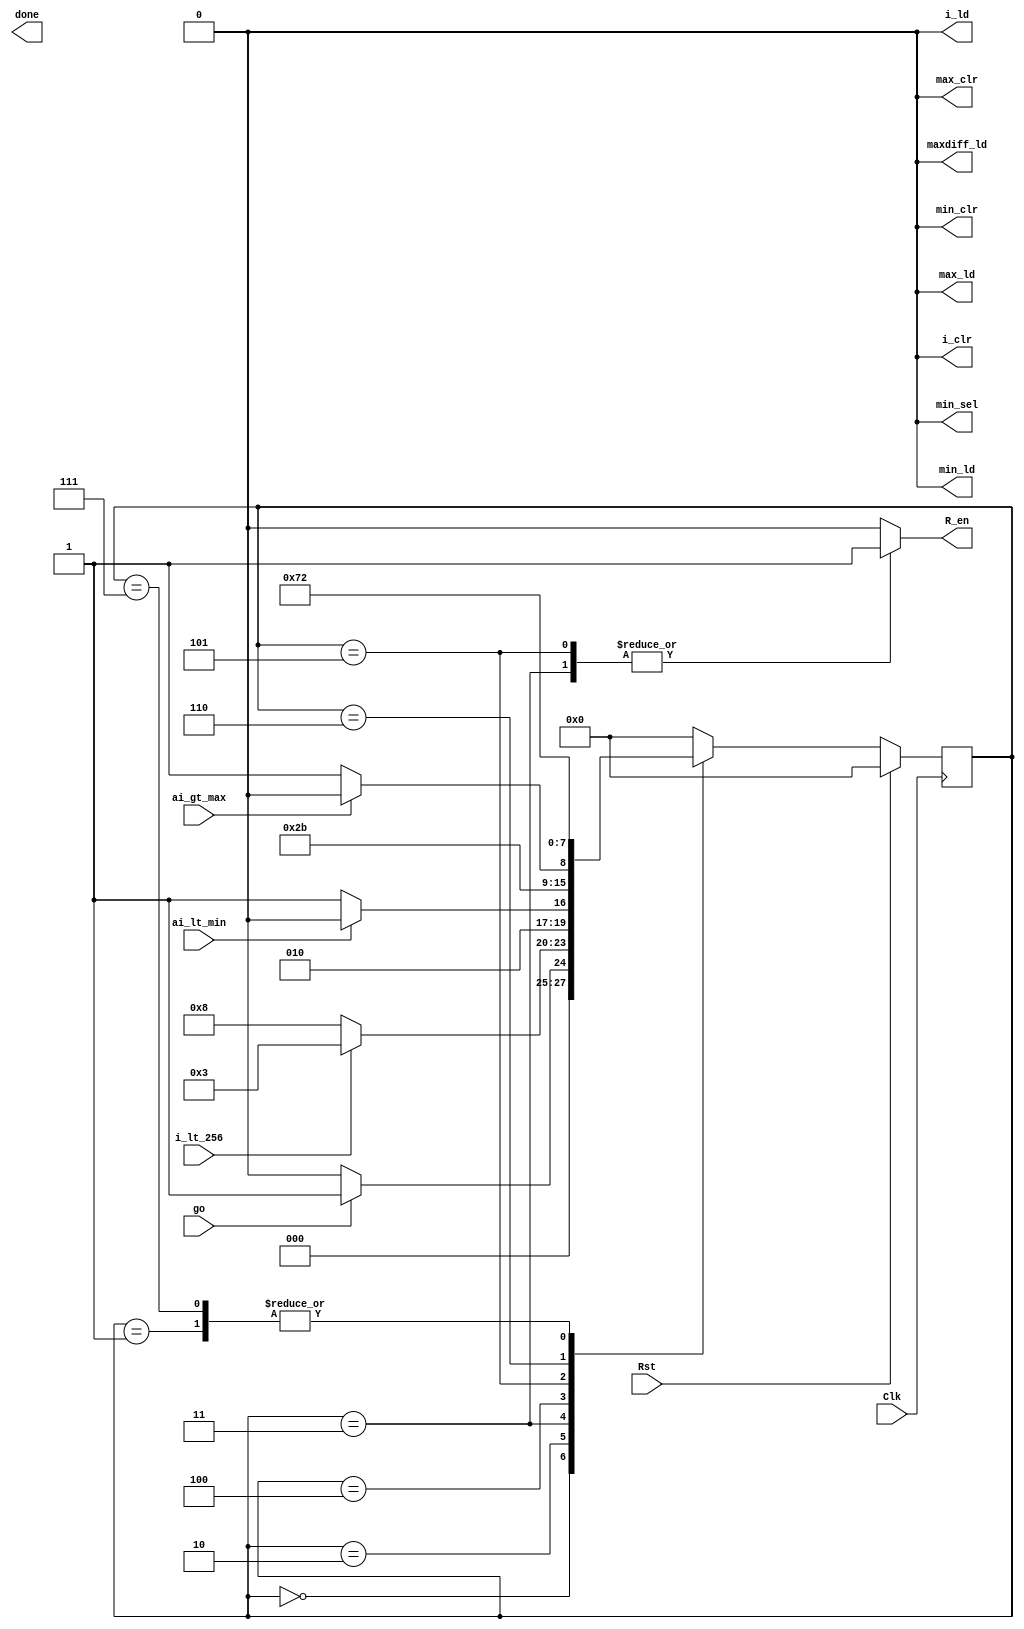
`timescale 1ns / 1ps

module Controller(Clk, Rst, go, ai_gt_max, ai_lt_min, i_lt_256, 
        done, max_ld, max_clr, min_clr, min_ld, min_sel, i_ld, i_clr, maxdiff_ld, R_en);
    input Clk, Rst, go;
    input ai_gt_max, ai_lt_min, i_lt_256;
    output reg done;
    output reg max_ld, max_clr, min_clr, min_ld, min_sel, i_ld, i_clr, maxdiff_ld, R_en;
    
    reg [3:0] state, statenext;
    parameter sA = 0, sB = 1, sC = 2, sD = 3, sE = 4;
    parameter sF = 5, sG = 6, sH = 7, sI = 8;
            
            
       always @ (posedge Clk)
       begin
          if(Rst == 1) begin
                state <= sA;
          end
          else begin
                state <= statenext;
          end
       end
            
       always @ (state, go, ai_gt_max, ai_lt_min, i_lt_256) 
       begin
           max_ld <= 0; max_clr <= 0;
           min_clr <= 0;min_ld <= 0;min_sel <= 0;
           i_ld <= 0;i_clr <= 0;maxdiff_ld <= 0;
           R_en <= 0;
           case(state)
               sA: begin
                   if(go == 1) statenext <= sB;
                   else statenext <= sA;
               end
               sB: begin
                   // complete code here


                   statenext <= sC;
               end
               sC: begin
                   if(i_lt_256==1) 
                      statenext <= sD;
                   else
                      statenext <= sI;
               end
               sD: begin
                    R_en <= 1;
                    if(ai_lt_min == 1)
                        statenext <= sE;
                     else
                        statenext <= sF;
               end
               sE: begin
                    // complete code here 


                    statenext <= sF;
               end
               sF: begin
                     R_en <= 1;
                     if(ai_gt_max==1)
                        statenext <= sG;
                     else
                        statenext <= sH;
               end
               sG: begin
                     // complete code here


                     statenext <= sH;
               end  
               sH: begin
                     // complete code here


                     statenext <= sC;
               end 
               sI: begin
                     // complete code here



                    statenext <= sA;
               end                
               default: begin
                        statenext <= sA;
               end                                                                  
         endcase
      end
    
endmodule